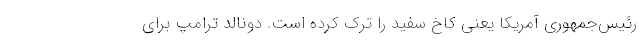
رئیس‌جمهوری آمریکا یعنی کاخ سفید را ترک کرده است. دونالد ترامپ برای